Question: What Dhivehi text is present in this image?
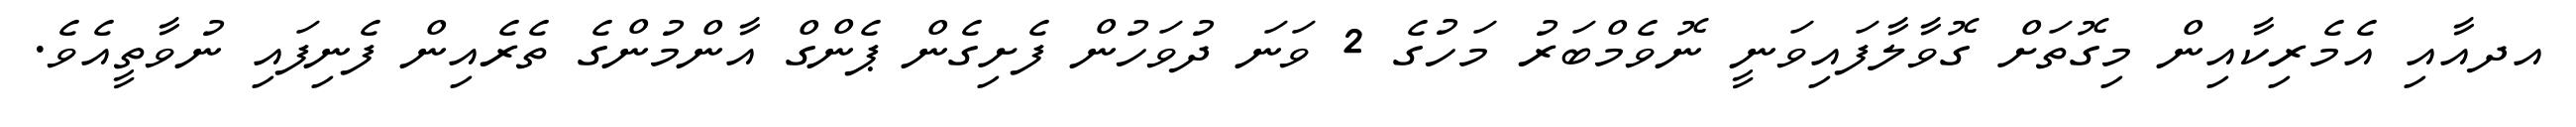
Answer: އދއާއި އެމެރިކާއިން މިގޮތަށް ގޮވާލާފައިވަނީ ނޮވެމްބަރު މަހުގެ 2 ވަނަ ދުވަހުން ފެށިގެން ޕެންގް އާންމުންގެ ތެރެއިން ފެނިފައި ނުވާތީއެވެ.